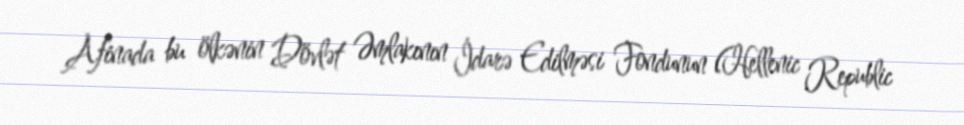
Afinada bu ölkənin Dövlət Əmlakının İdarə Edilməsi Fondunun (Hellenic Republic